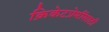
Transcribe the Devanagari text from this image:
क्रिकेटप्रेमींसाठी